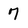
Character: 7